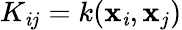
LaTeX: K_{\mathit{i}j}=k(\mathbf{x}_{\mathit{i}},\mathbf{x}_{j})